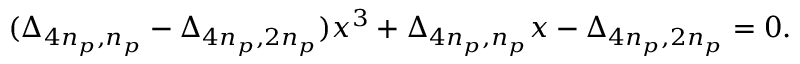
( \Delta _ { 4 n _ { p } , n _ { p } } - \Delta _ { 4 n _ { p } , 2 n _ { p } } ) x ^ { 3 } + \Delta _ { 4 n _ { p } , n _ { p } } x - \Delta _ { 4 n _ { p } , 2 n _ { p } } = 0 .